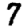
Digit: 7